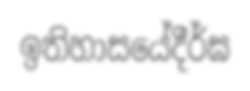
ඉතිහාසයේදීර්ඝ